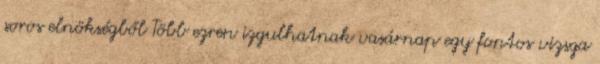
soros elnökségből Több ezren izgulhatnak vasárnap egy fontos vizsga